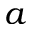
a